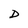
Character: D